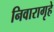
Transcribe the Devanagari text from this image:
निवारागृहे